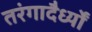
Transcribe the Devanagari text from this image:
तरंगादैर्ध्यों